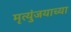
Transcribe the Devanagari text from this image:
मृत्युंजयाच्या